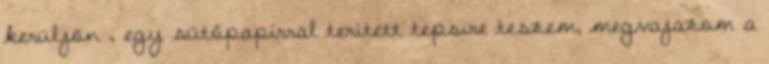
kerüljön , egy sütőpapírral terített tepsire teszem, megvajazom a